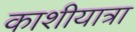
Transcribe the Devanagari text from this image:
काशीयात्रा